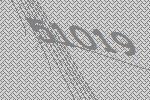
51019